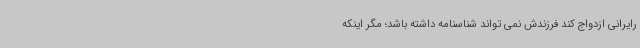
رایرانی ازدواج کند فرزندش نمی تواند شناسنامه داشته باشد؛ مگر اینکه